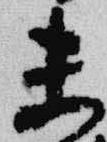
未